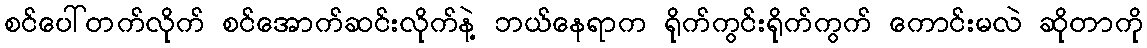
စင်ပေါ်တက်လိုက် စင်အောက်ဆင်းလိုက်နဲ့ ဘယ်နေရာက ရိုက်ကွင်းရိုက်ကွက် ကောင်းမလဲ ဆိုတာကို